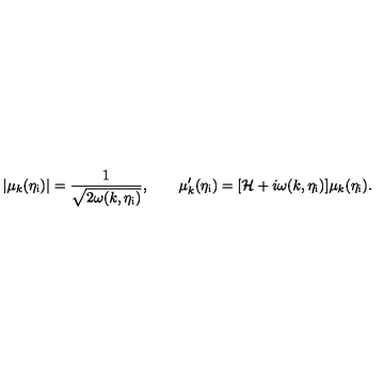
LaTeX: | \mu _ { k } ( \eta _ { \mathrm { i } } ) | = \frac { 1 } { \sqrt { 2 \omega ( k , \eta _ { \mathrm { i } } ) } } , \qquad \mu _ { k } ^ { \prime } ( \eta _ { \mathrm { i } } ) = [ { \cal H } + i \omega ( k , \eta _ { \mathrm { i } } ) ] \mu _ { k } ( \eta _ { \mathrm { i } } ) .